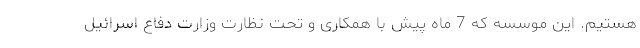
هستیم. این موسسه که 7 ماه پیش با همکاری و تحت نظارت وزارت دفاع اسرائیل